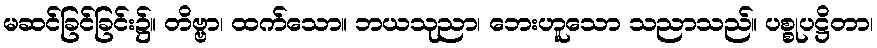
မဆင်ခြင်ခြင်း၌။ တိဗ္ဗာ၊ ထက်သော။ ဘယသုညာ၊ ဘေးဟူသော သညာသည်။ ပစ္စုပဋ္ဌိတာ၊